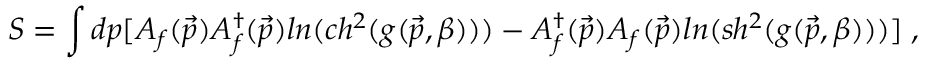
S = \int d p [ A _ { f } ( \vec { p } ) A _ { f } ^ { \dagger } ( \vec { p } ) l n ( c h ^ { 2 } ( g ( \vec { p } , \beta ) ) ) - A _ { f } ^ { \dagger } ( \vec { p } ) A _ { f } ( \vec { p } ) l n ( s h ^ { 2 } ( g ( \vec { p } , \beta ) ) ) ] \; ,